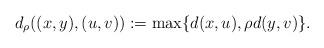
LaTeX: \begin{align*}d_\rho((x,y),(u,v)):=\max\{d(x,u),\rho d(y,v)\}.\end{align*}